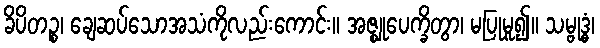
ခိပိတဉ္စ၊ ချေဆပ်သောအသံကိုလည်းကောင်း။ အဇ္ဈုပေက္ခိတွာ၊ မပြုမူ၍။ သမ္ဗုဒ္ဓံ၊